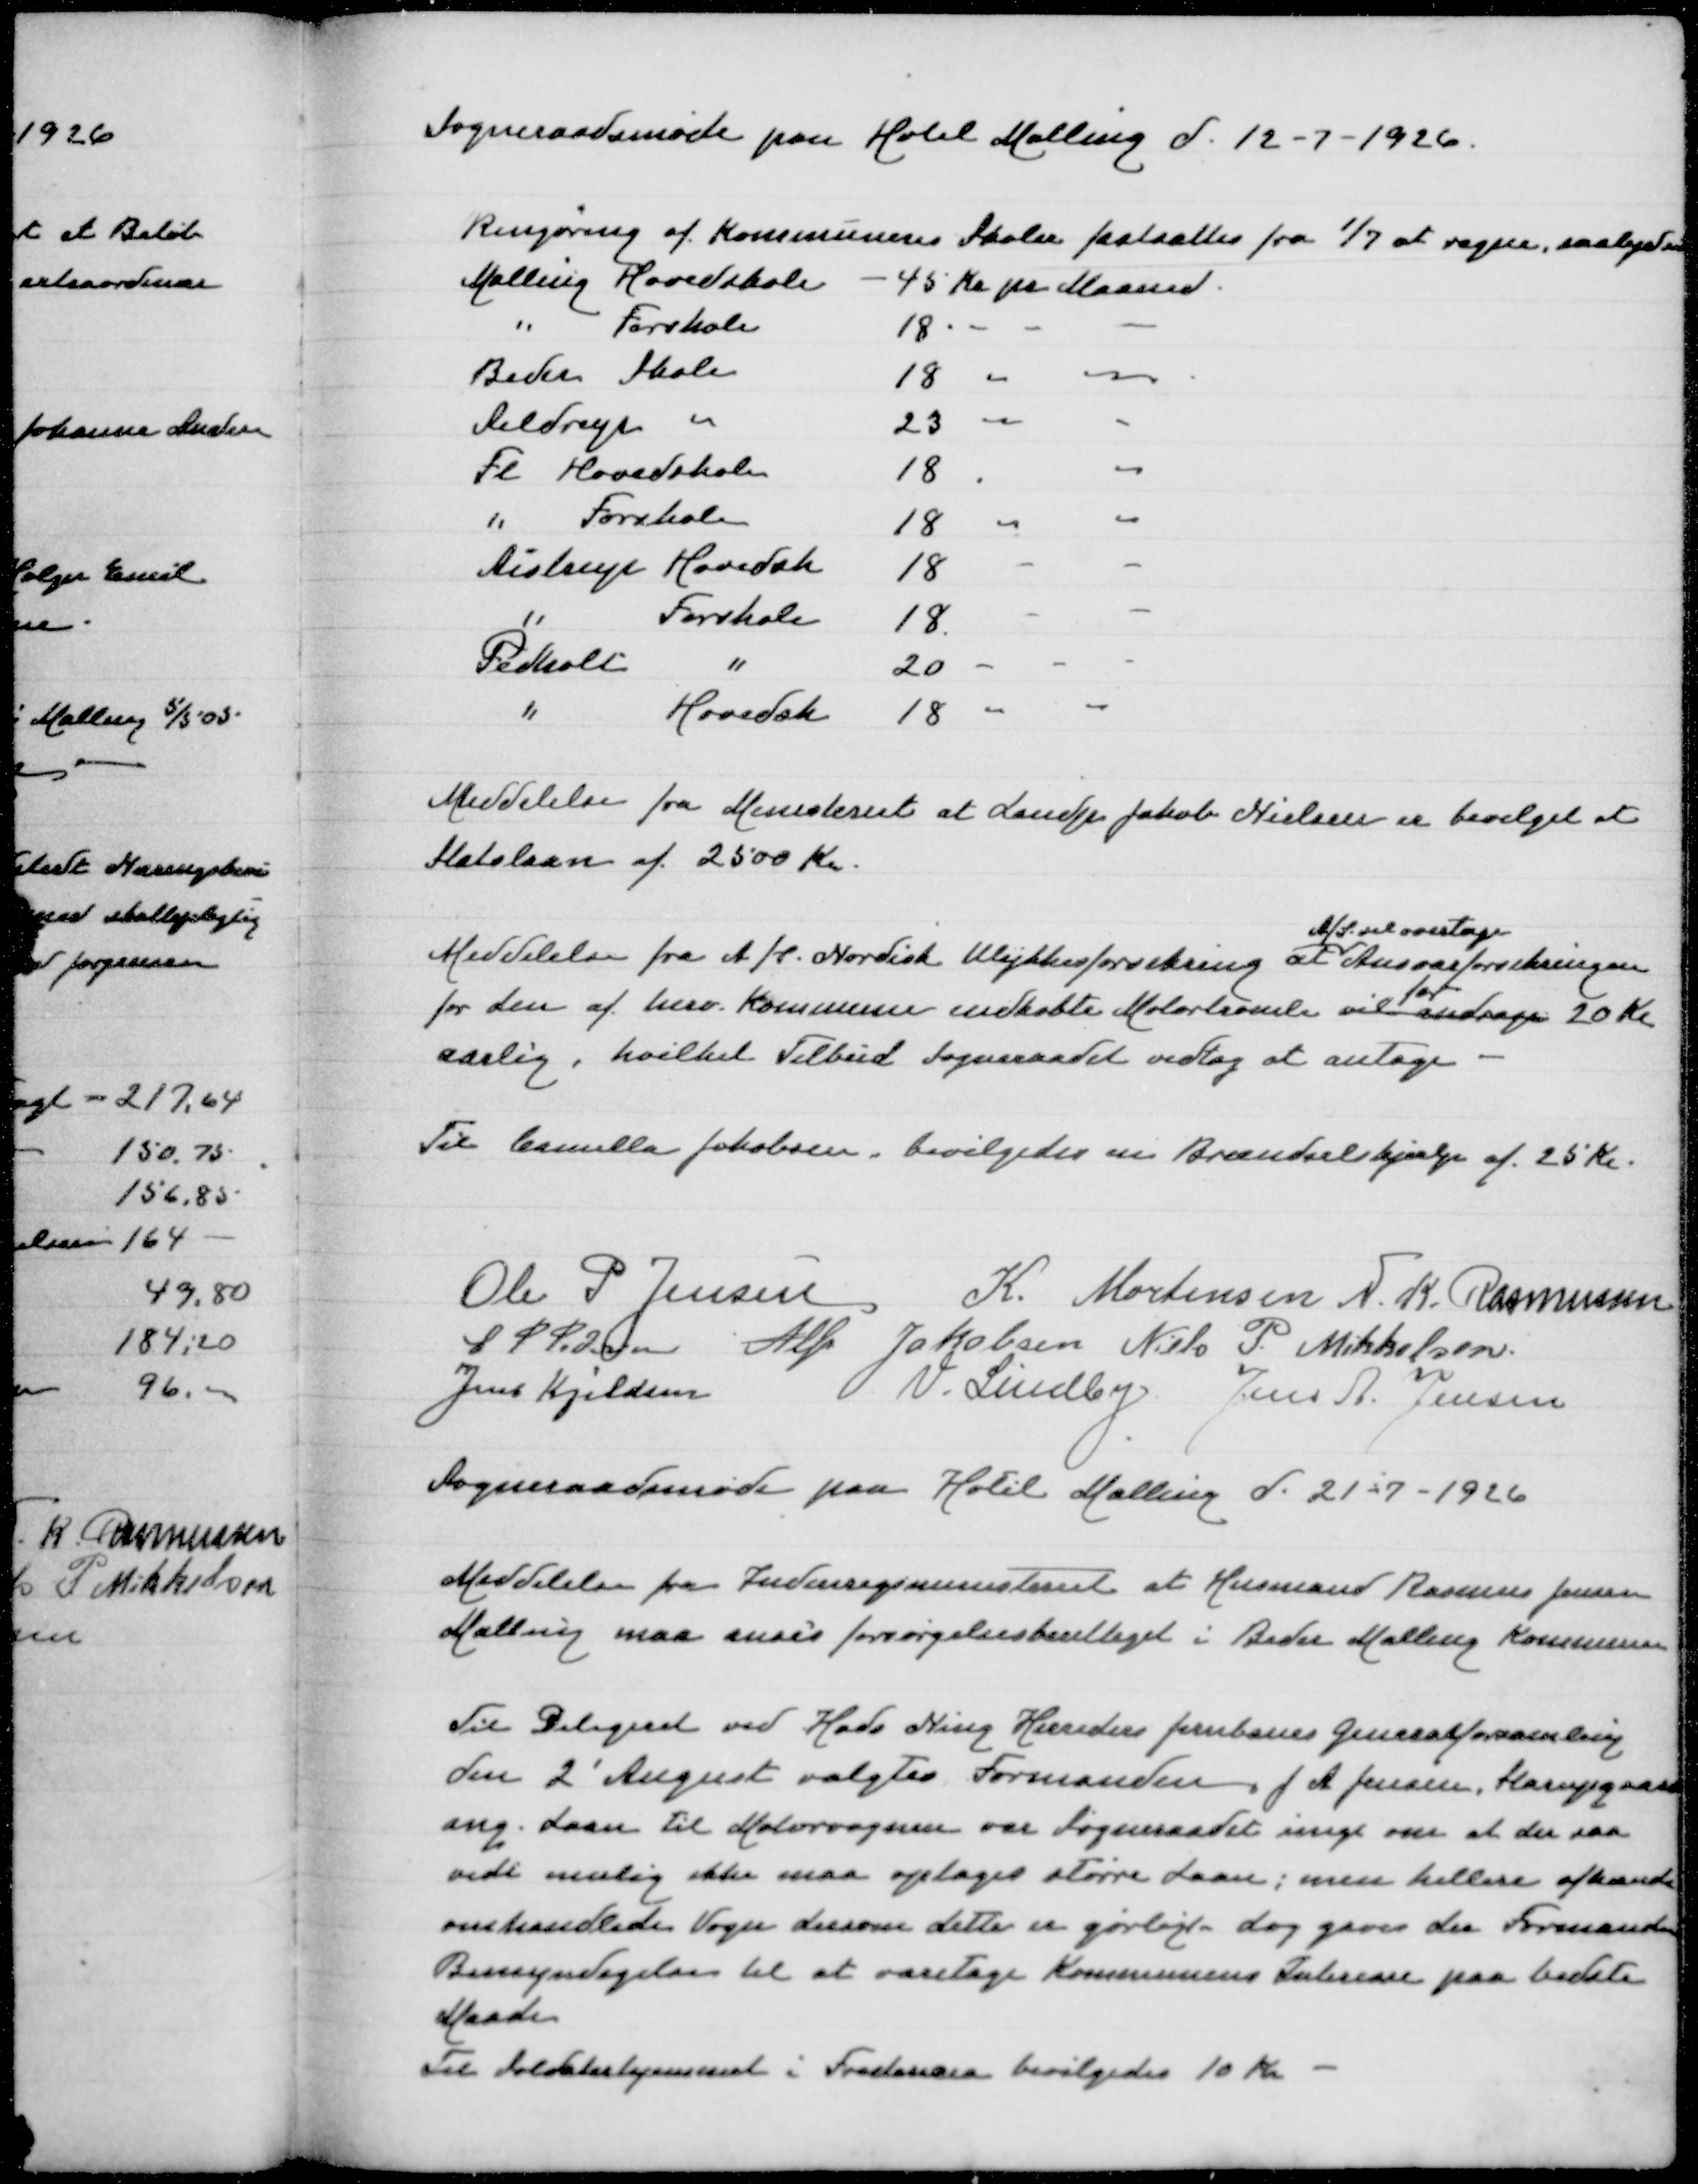
Transskription:
Sogneraadsmde paa Hotel Malling d 12-7-1926

Rengøring af Kommunens Skoler fastsættes fra 1/7 at regne saaledes

Malling Hovedskole
45 Kr pr Maaned
" Forskole
18
-
Beder Skole
18
-
Seldrup "
23
-
Fl Hovedskole
18
-
" Forskole
18
-
Aistrup Hovedskole
18
-
" Forskole
18
-
Pedholt "
20
-
" Hovedsk
18
-

Meddelelse fra Ministeriet at Landp Jakob Nielsen er bevilget et
Statslaan af 2500 Kr

A/S vil overtage
Meddelelse fra A/S Nordisk Ulykkesforsikring at Ansvarsforsikringen
for
for den af herv Kommune indkøbte Motortromle vil andrage 20 Kr
aarlig, hvilket Tilbud Sogneraadet vedtog at antage

Til Camilla Jakobsen bevilgedes en Brændselshjælp af 25 Kr

Ole P Jensen
K Mortensen
N K Rasmussen
S P Pedersen
Alfr Jakobsen
Niels P Mikkelsen
Jens Kjeldsen
V Lindby
Jens A Jensen
Sogneraadsmøde paa Hotel Malling d 21-7-1926

Meddelelse fra Indenrigsministeriet at Husmand Rasmus Jensen
Malling maa anses forsørgelsesberettiget i Beder Malling Kommune
Til Delegeret ved Hads Ning Herreders Jernbanes Generalforsamling
den 2' August valgtes Formanden, J A Jensen, Starupgaard
ang. Laan til Motorvognen var Sogneraadet enigt om at der saa
vidt muligt ikke maa optages større Laan; men hellere afhænde
omhandlede Vogn dersom dette er gørligt dog gaves der Formanden
Bemyndigelse til at varetage Kommunens Interesse paa bedste
Maade
Til Soldaterhjemmet i Fredericia bevilgedes 10 Kr